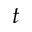
t